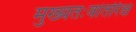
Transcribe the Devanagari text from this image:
मुख्‍यतःवांतरिक्ष